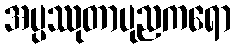
အပ္ပဿုတာပုညကရော